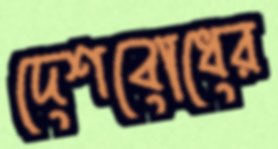
দেশবোধের